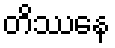
တိဿေန